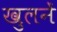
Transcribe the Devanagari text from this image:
खुलनें